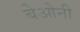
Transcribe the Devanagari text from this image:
बेओनी